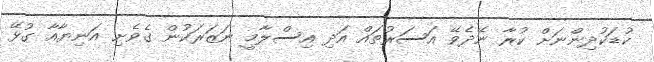
ކުޑަކުދިންނަށް ކުރާ ނޭދެވޭ އަސަރުތައް އަދި އިސްލާމީ ނަޒަރަކުން ގެވެށި އަނިޔާއާ ގުޅޭ